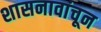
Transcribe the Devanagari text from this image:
शासनावांचून